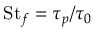
\mathrm { S t } _ { f } = \tau _ { p } / \tau _ { 0 }